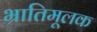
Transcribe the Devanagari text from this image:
भ्रातिमूलक